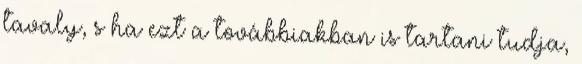
tavaly, s ha ezt a továbbiakban is tartani tudja,